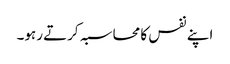
اپنے نفس کا محاسبہ کرتے رہو۔